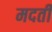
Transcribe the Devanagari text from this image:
मदती